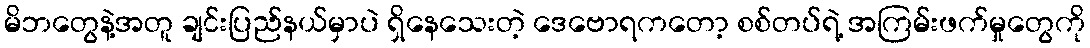
မိဘတွေနဲ့အတူ ချင်းပြည်နယ်မှာပဲ ရှိနေသေးတဲ့ ဒေဗောရကတော့ စစ်တပ်ရဲ့ အကြမ်းဖက်မှုတွေကို